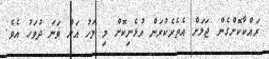
ރައްކާކޮށްގެން ޖަލަށް އެތެރެކުރަން އުޅެނިކޮށް މި މަހު އަށް ވަނަ ދުވަހު އެވެ.